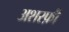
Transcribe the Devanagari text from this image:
अशरफ़ी